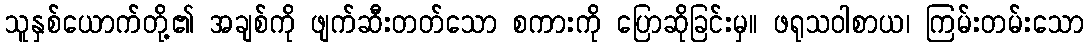
သူနှစ်ယောက်တို့၏ အချစ်ကို ဖျက်ဆီးတတ်သော စကားကို ပြောဆိုခြင်းမှ။ ဖရုသဝါစာယ၊ ကြမ်းတမ်းသော